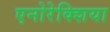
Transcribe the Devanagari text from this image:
एनोरेक्शिया